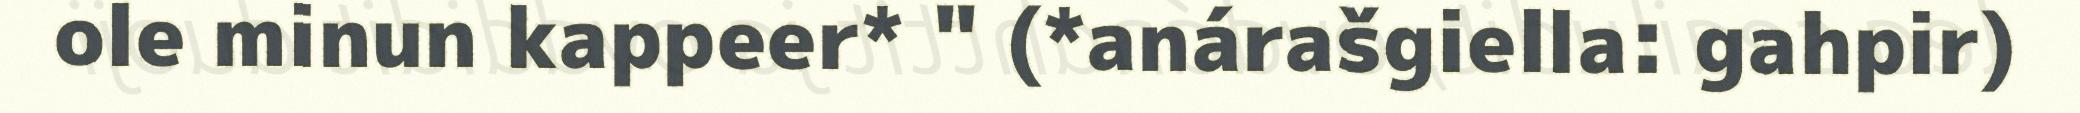
ole minun kappeer* " (*anárašgiella: gahpir)